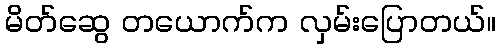
မိတ်ဆွေ တယောက်က လှမ်းပြောတယ်။